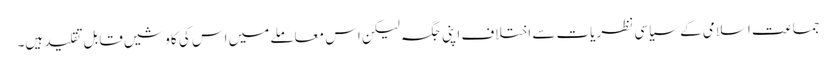
جماعت اسلامی کے سیاسی نظریات سے اختلاف اپنی جگہ لیکن اس معاملے میں اس کی کاوشیں قابل تقلید ہیں۔